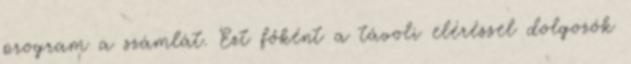
program a számlát. Ezt főként a távoli eléréssel dolgozók